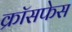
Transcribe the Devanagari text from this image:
क्रॉसफेस